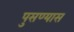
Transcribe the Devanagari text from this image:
पुसण्यास